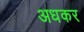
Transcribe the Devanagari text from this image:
अधकर